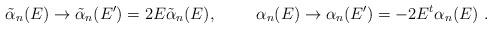
LaTeX: \begin{align*}\tilde{\alpha}_{n}(E) \rightarrow \tilde{\alpha}_{n}(E')=2E\tilde{\alpha}_{n}(E),\hspace{1cm}\alpha_{n}(E) \rightarrow \alpha_{n}(E')=-2E^{t}\alpha_{n}(E)\ .\end{align*}